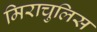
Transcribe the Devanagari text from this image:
मिराचुलिस